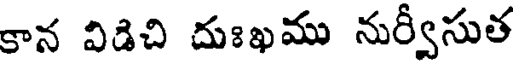
కాన విడిచి దుఃఖము నుర్వీసుత